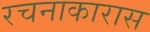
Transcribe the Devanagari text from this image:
रचनाकारास